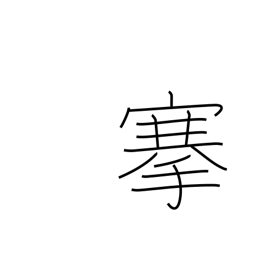
Meaning: pull out